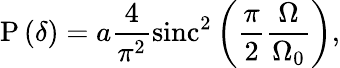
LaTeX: \mathrm{P}\left(\delta\right)=a\frac{4}{\pi^{2}}\mathrm{sinc}^{2}\left(\frac{\pi}{2}\frac{\Omega}{\Omega_{0}}\right),